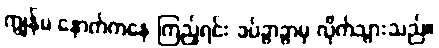
ကျွန်မ နောက်ကနေ ကြည့်ရင်း ခပ်ခွာခွာမှ လိုက်သွားသည်။